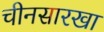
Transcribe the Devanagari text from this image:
चीनसारखा